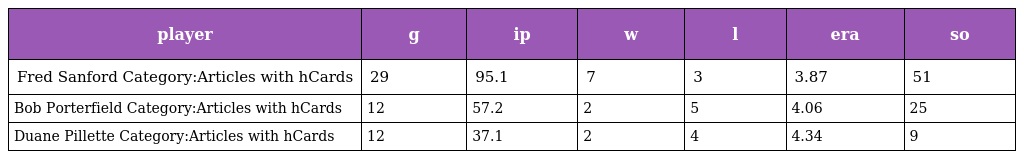
| player | g | ip | w | l | era | so |
 | --- | --- | --- | --- | --- | --- | --- |
 | Fred Sanford Category:Articles with hCards | 29 | 95.1 | 7 | 3 | 3.87 | 51 |
 | Bob Porterfield Category:Articles with hCards | 12 | 57.2 | 2 | 5 | 4.06 | 25 |
 | Duane Pillette Category:Articles with hCards | 12 | 37.1 | 2 | 4 | 4.34 | 9 |